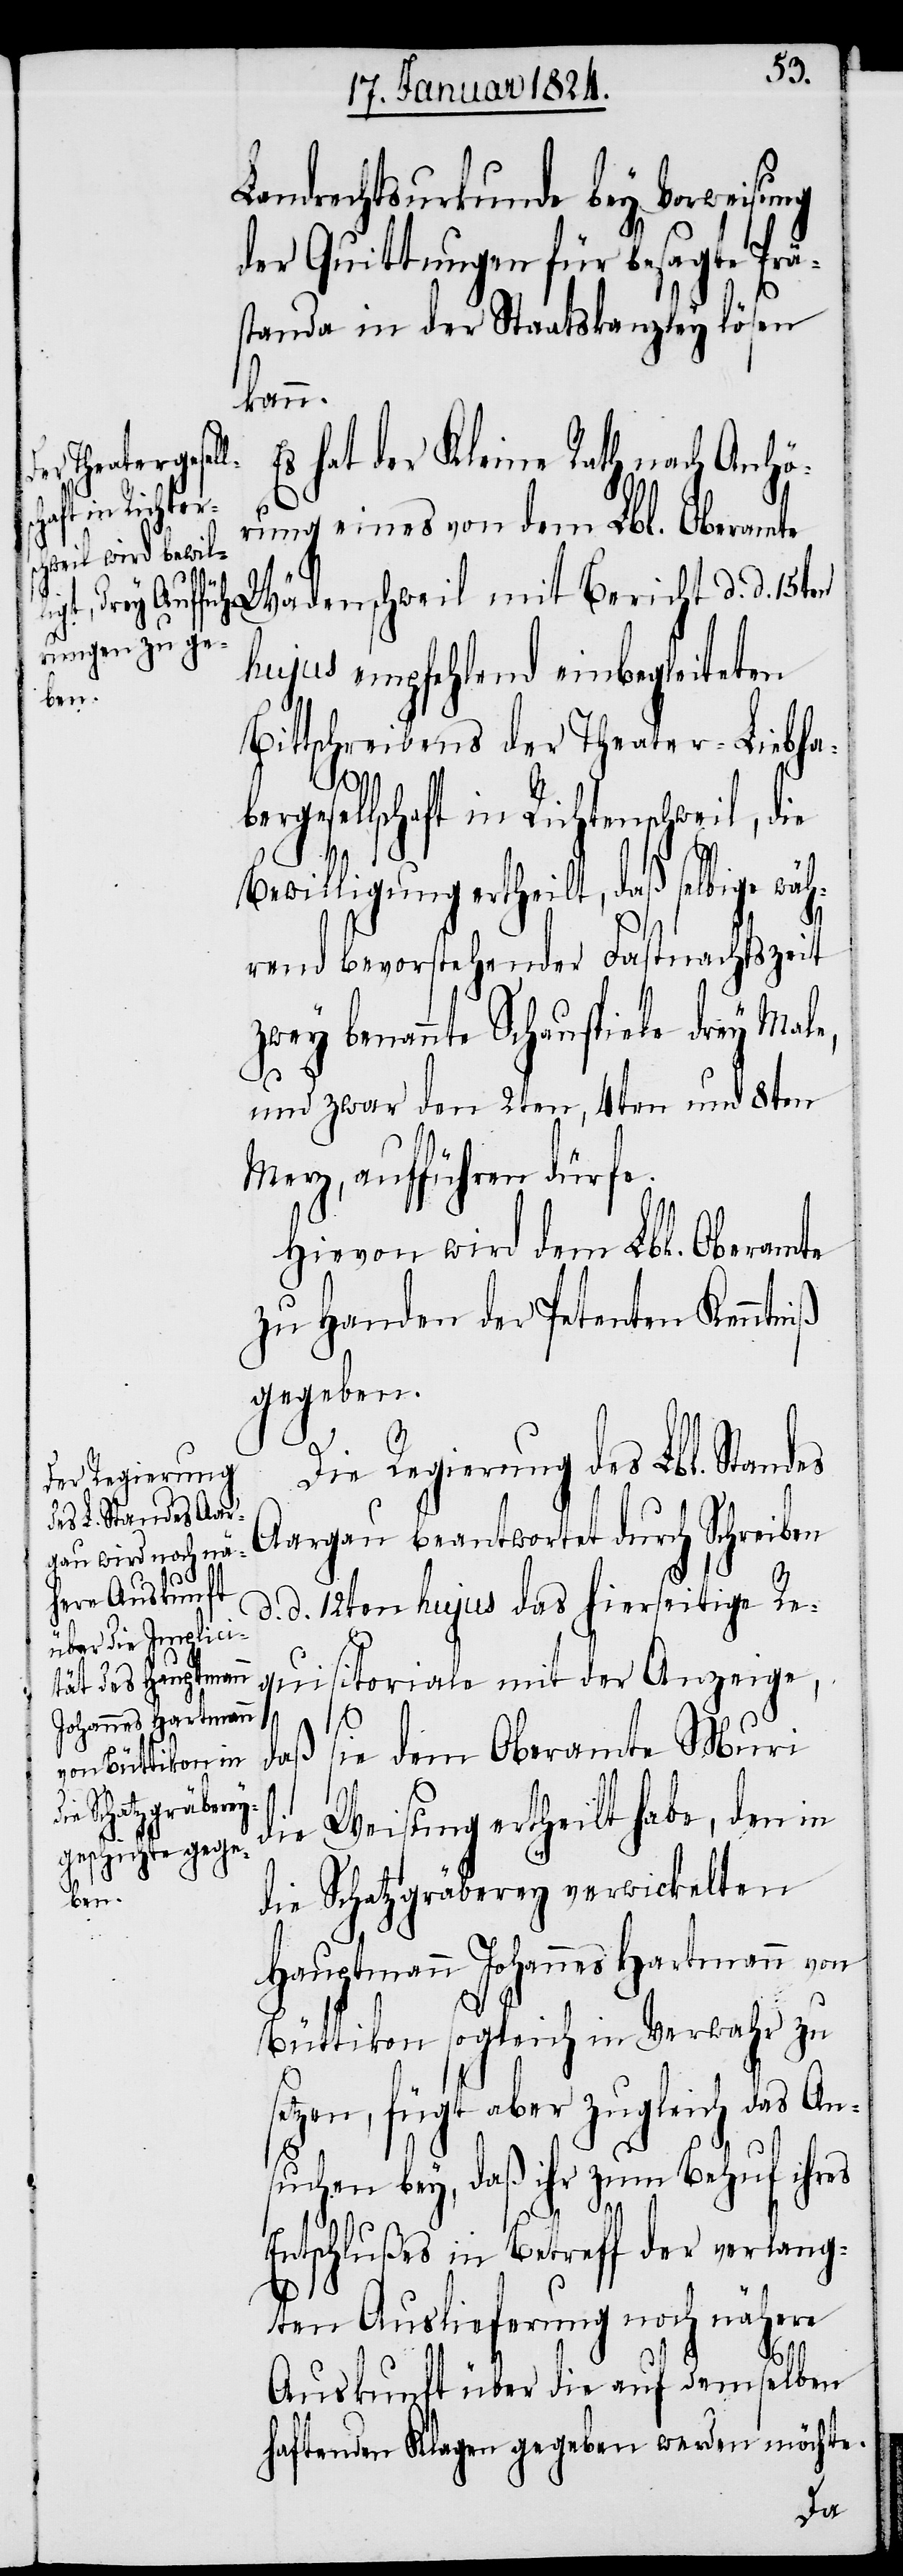
Landrechtsurkunde bey Vorweisung
der Quittungen für besagte Prä¬
standa in der Staatskanzley lösen
kann.
Es hat der Kleine Rath nach Anhö¬
rung eines von dem Lbl. Oberamte
Wädenschweil mit Bericht d. d. 5ten
hujus empfehlend einbegleiteten
Bittschreibens der Theater-Liebha¬
bergesellschaft in Richtenschweil, die
Bewilligung ertheilt, daß selbige wäh¬
rend bevorstehender Fastnachtszeit
zwey benannte Schauspiele drey Male
und zwar den 2ten, 4ten und 8ten
Merz, aufführen dürfe.
Hievon wird dem Lbl. Oberamte
zu Handen der Petenten Kenntniß
gegeben.
Die Regierung des Lbl. Standes
Aargau beantwortet durch Schreiben
d. d. 12ten hujus das hierseitige Re¬
quisitoriale mit der Anzeige,
daß sie dem Oberamte Muri
die Weisung ertheilt habe, den in
die Schatzgräberey verwickelten
Hauptmann Johannes Hartmann von
Büttikon sogleich in Verwahr zu
etzen, fügt aber zugleich das An¬
suchen bey, daß ihr zum Behuf ihres
s¬
Entschlußes in Betreff der verlang¬
ten Auslieferung noch nähere
Auskunft über die auf demselben
haftenden Klagen gegeben werden möchte.